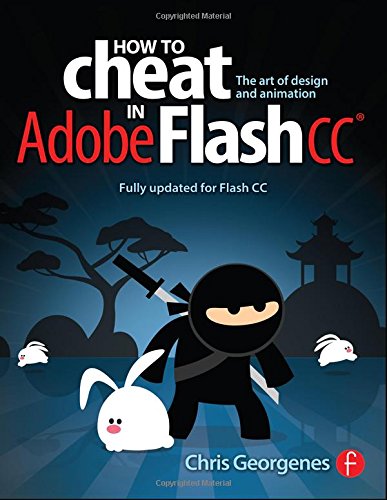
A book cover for How to Cheat in Adobe Flash CC: The Art of Design and Animation; Chris Georgenes; Arts & Photography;